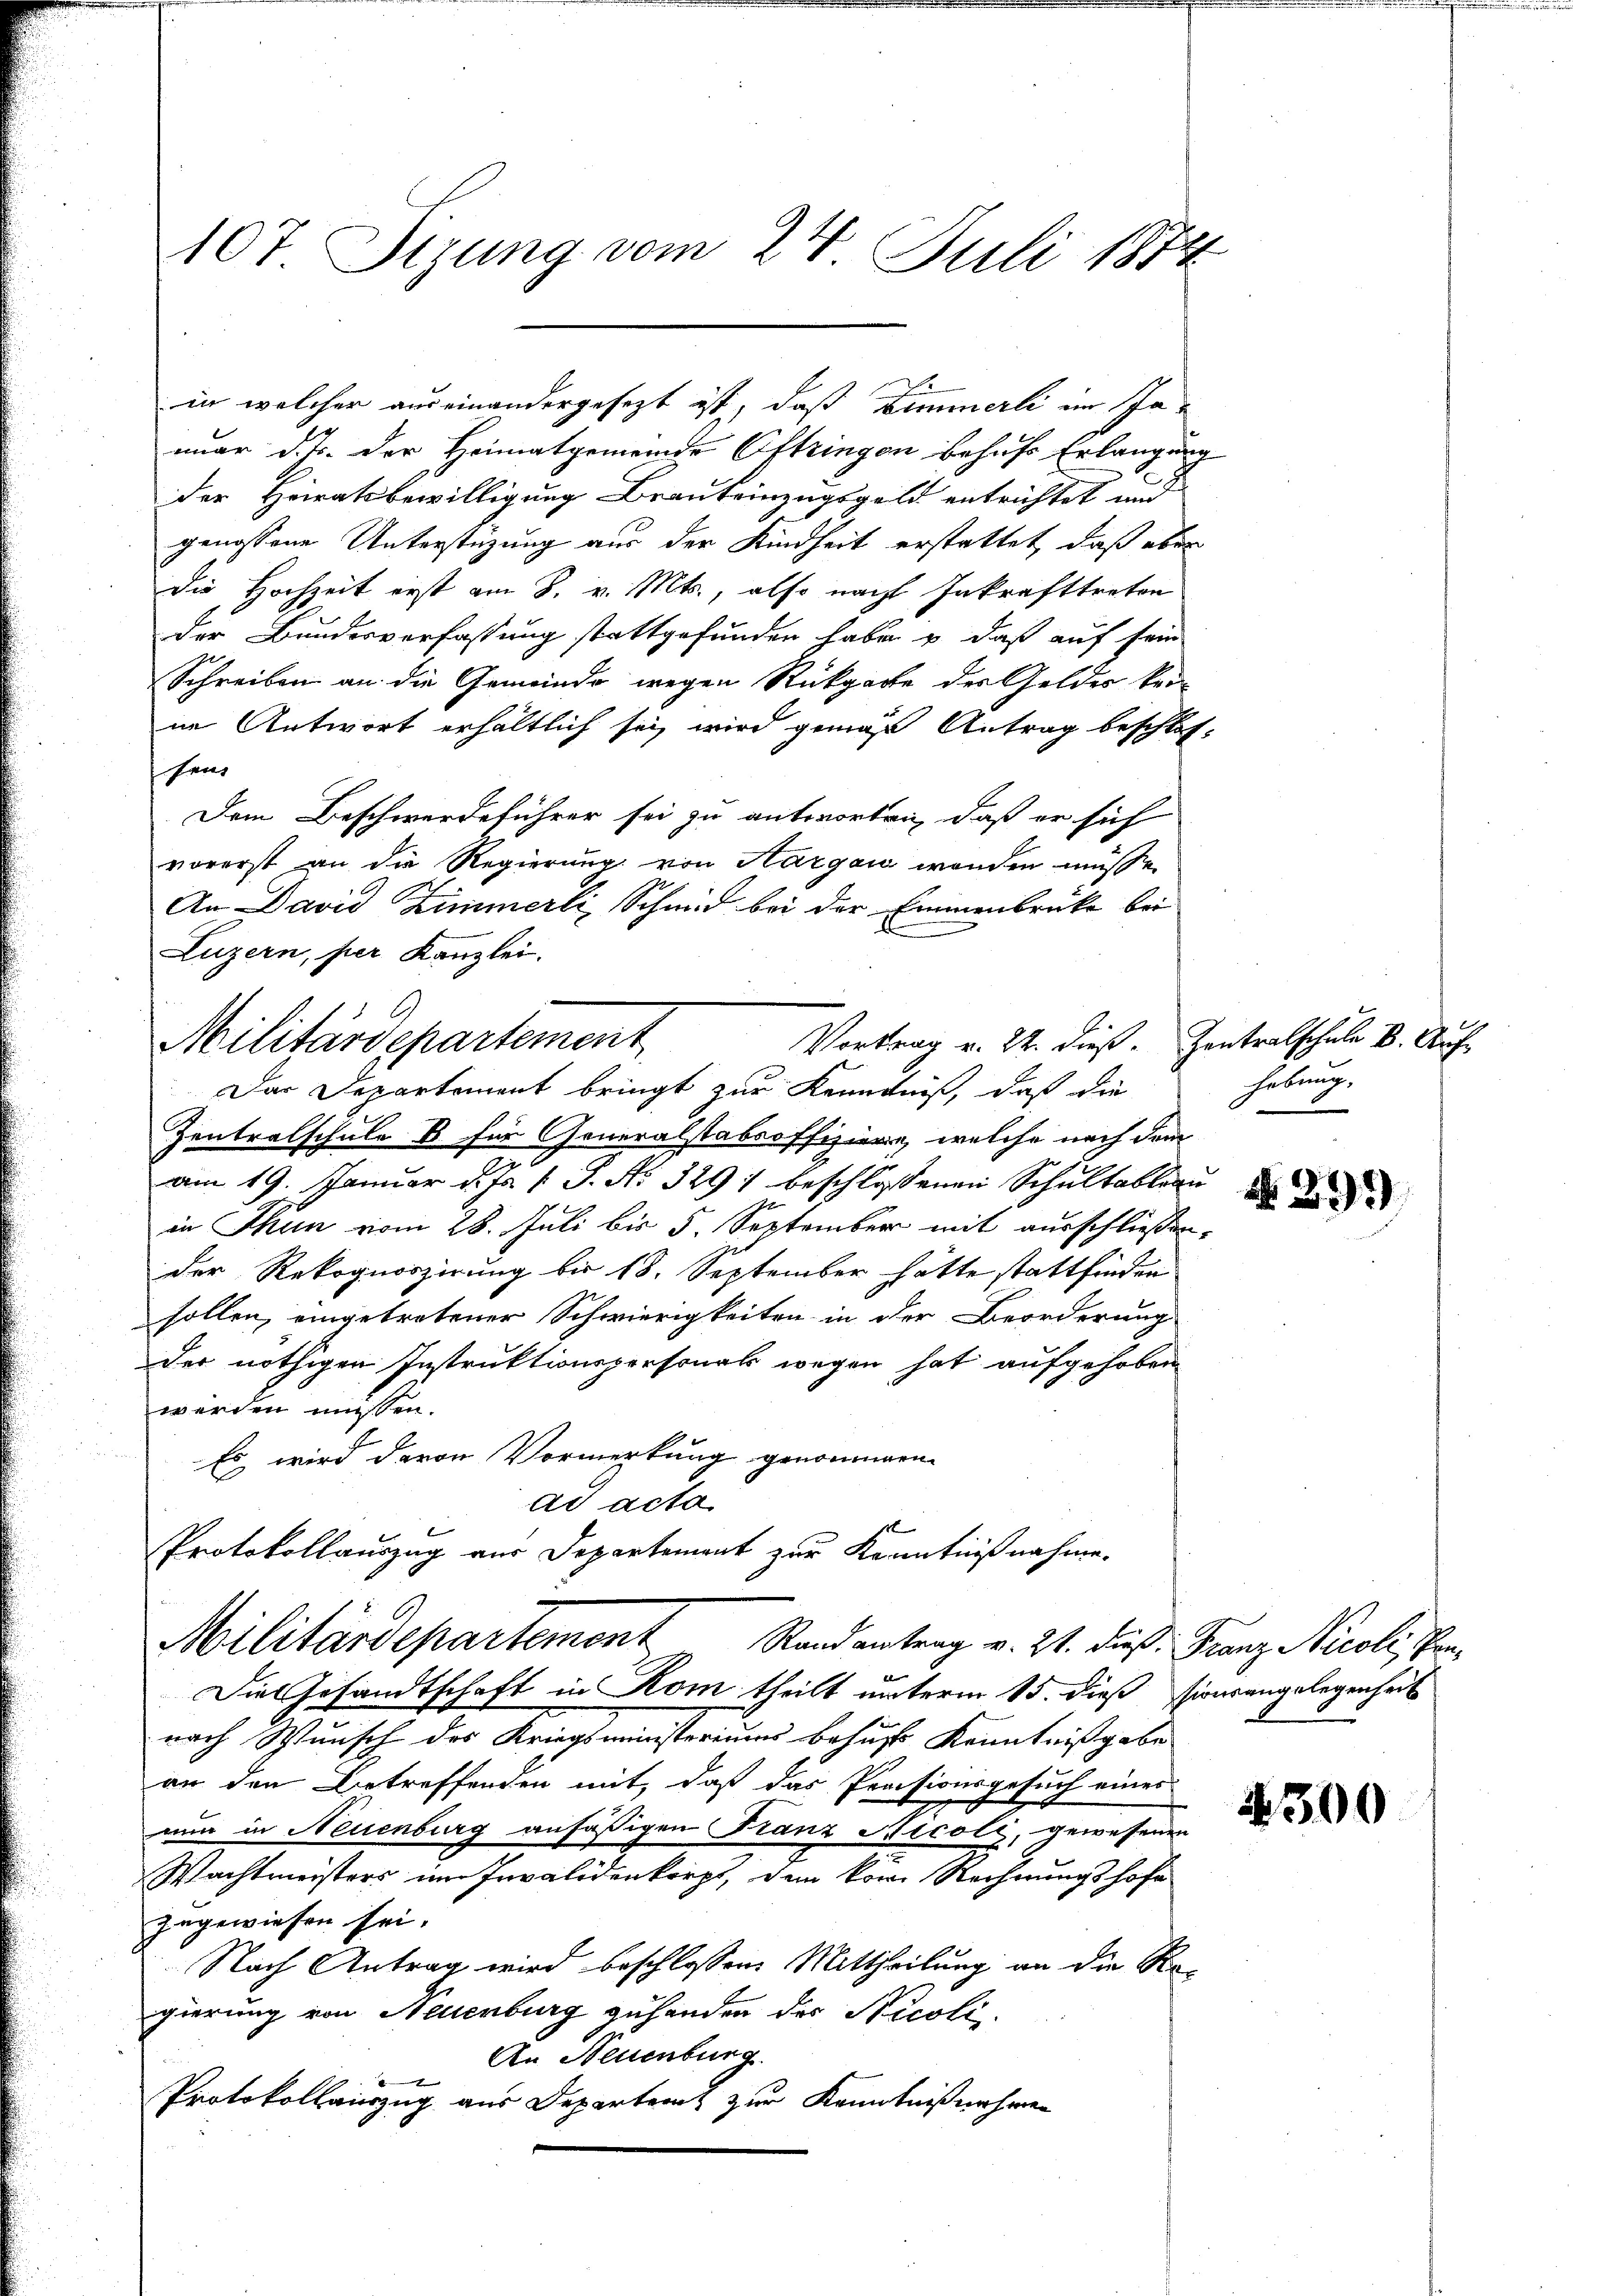
107 Sizung vom 24. Juli 1874

in welcher auseinandergesezt ist, daß Zimmerli im Januar d. Js. der Heimatgemeinde Oftringen behufs Erlangung
der Heiratsbewilligung Brauteinzugsgeld entrichtet und
genossene Unterstüzung aus der Kindheit erstattet, daß aber
die Hochzeit erst am 8. v. Mts., also nach Inkrafttreten
der Bundesverfassung stattgefunden habe & daß auf sein
Schreiben an die Gemeinde wegen Rückgabe der Geldes keine Antwort erhältlich sei, wird gemäß Antrag beschlos-
sen.
Dem Beschwerdeführer sei zu antworten, daß er sich
vorerst an die Regierung von Hargau wenden müße.
An David Zimmerli, Schmid bei der Emmenbrücke bei
Luzern, per Kanzlei.
Militärdepartement
Das Departement bringt zur Kenntniß, daß die
Zentralschule B für Generalstabsoffiziere, welche nach dem
am 19. Januar d. Js. v. J. No 329) beschlossenen Schultableau
in Thun vom 28. Juli bis 5. September mit ausschließen,
der Rekognoszirung bis 18. September hätte stattfinden
sollen, eingetretener Schwierigkeiten in der Beorderung
der nöthigen Instruktionspersonals wegen hat aufgehoben
werden müssen.
Es wird davon Vormerkung genommen.
ad acta
Protokollauszug aus Departement zur Kenntnißnahme.
Militärdepartement Randantrag v. 21. dieß Franz Nicoli, Pan¬
Die Gesandtschaft in Rom theilt unterm 15. dieß sionsangelegenheit
nach Wunsch des Kriegsministeriums behufs Kenntnißgabe
an den Betreffenden mit, daß das Preisionsgesuch eines
nun in Neuenburg anfäßigen Franz Nicoli, gewesenen
Wachtmeisters im Invalidenkorpt, dem kom Rechnungshofe
zugewiesen sei.
Nach Antrag wird beschlossene Mittheilung an die Re-
gierung von Neuenburg zuhanden der Nicoli
An Neuenburg.
1
Protokollauszug aus Departenz zur Kenntnißnahmen

Vortrag v. 22. dieß. Zentralschule B. Auf-

hebung.
N 299

.

4

300